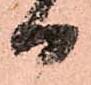
日